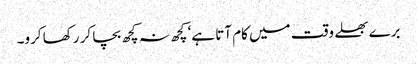
برے بھلے وقت میں کام آتا ہے‘ کچھ نہ کچھ بچا کر رکھا کرو۔